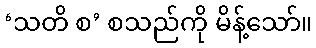
‘သတိ စ’ စသည်ကို မိန့်သော်။